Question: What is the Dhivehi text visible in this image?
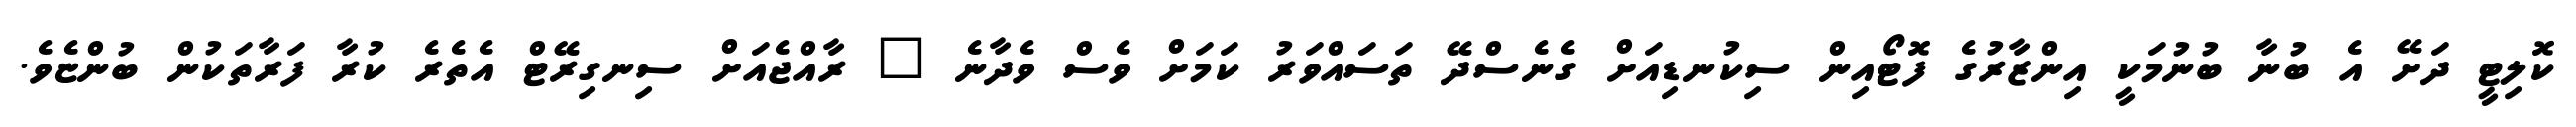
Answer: ކޮލިޓީ ދަށޭ އެ ބުނާ ބުނުމަކީ އިންޒާރުގެ ފޮޓޯއިން ސިކުނޑިއަށް ގެނެސްދޭ ތަސައްވަރު ކަމަށް ވެސް ވެދާނެ " ރާއްޖެއަށް ސިނގިރޭޓް އެތެރެ ކުރާ ފަރާތަކުން ބުންޏެވެ.